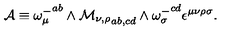
{ \cal A } \equiv { \omega _ { \mu } ^ { - } } ^ { a b } \wedge { \cal M _ { \nu , \rho } } _ { a b , c d } \wedge { \omega _ { \sigma } ^ { - } } ^ { c d } \epsilon ^ { \mu \nu \rho \sigma } .